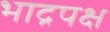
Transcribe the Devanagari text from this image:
भाद्रपक्ष